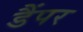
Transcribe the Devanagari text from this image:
डैंपर